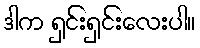
ဒါက ရှင်းရှင်းလေးပါ။